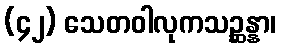
(၄၂) သေတဝါလုကသဉ္ဆန္နာ၊